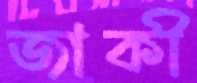
জাকী